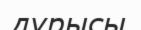
дұрысы